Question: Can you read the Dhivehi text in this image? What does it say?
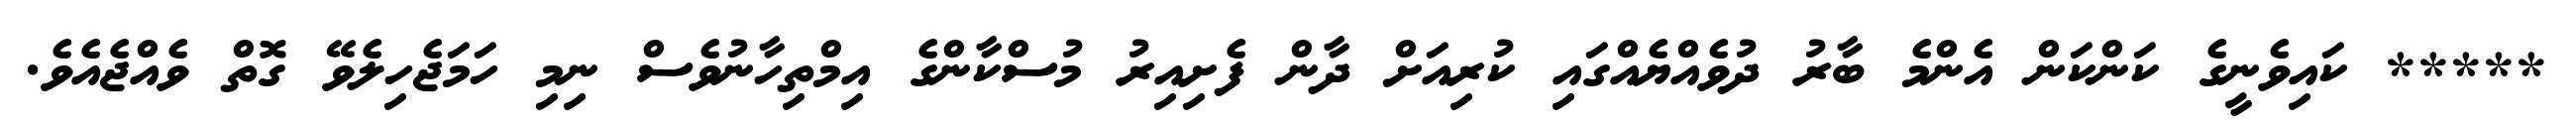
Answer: ***** ކައިވެނީގެ ކަންކަން އެންމެ ބާރު ދުވެއްޔެއްގައި ކުރިއަށް ދާން ފެށިއިރު މުސްކާންގެ އިމްތިހާނުވެސް ނިމި ހަމަޖެހިލެވޭ ގޮތް ވެއްޖެއެވެ.